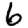
Digit: 6